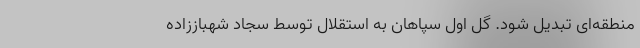
منطقه‌ای تبدیل شود. گل اول سپاهان به استقلال توسط سجاد شهباززاده